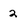
Character: 2